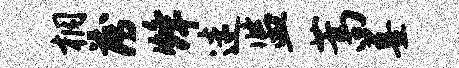
桐薄烽迷监蒿墨